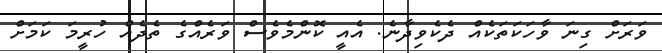
ވަރަށް ގިނަ ވާހަކަތަކެއް ދެކެވިދާނެ. އެއީ ކޮންމެވެސް ވަރެއްގެ ތެދެއް ހުރީމަ ކަމަށް